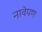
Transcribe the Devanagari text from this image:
नावेपण